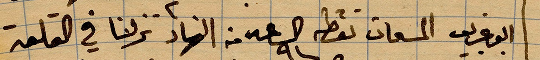
البوغريب المسحات نقطة الساعة ٩ من النهار نزلنا في القلعة